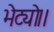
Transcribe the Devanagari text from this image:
भेट्यो।।